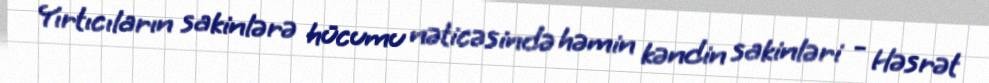
Yırtıcıların sakinlərə hücumu nəticəsində həmin kəndin sakinləri - Həsrət